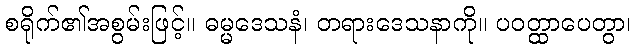
စရိုက်၏အစွမ်းဖြင့်။ ဓမ္မဒေသနံ၊ တရားဒေသနာကို။ ပဝတ္ထာပေတွာ၊